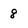
Character: g